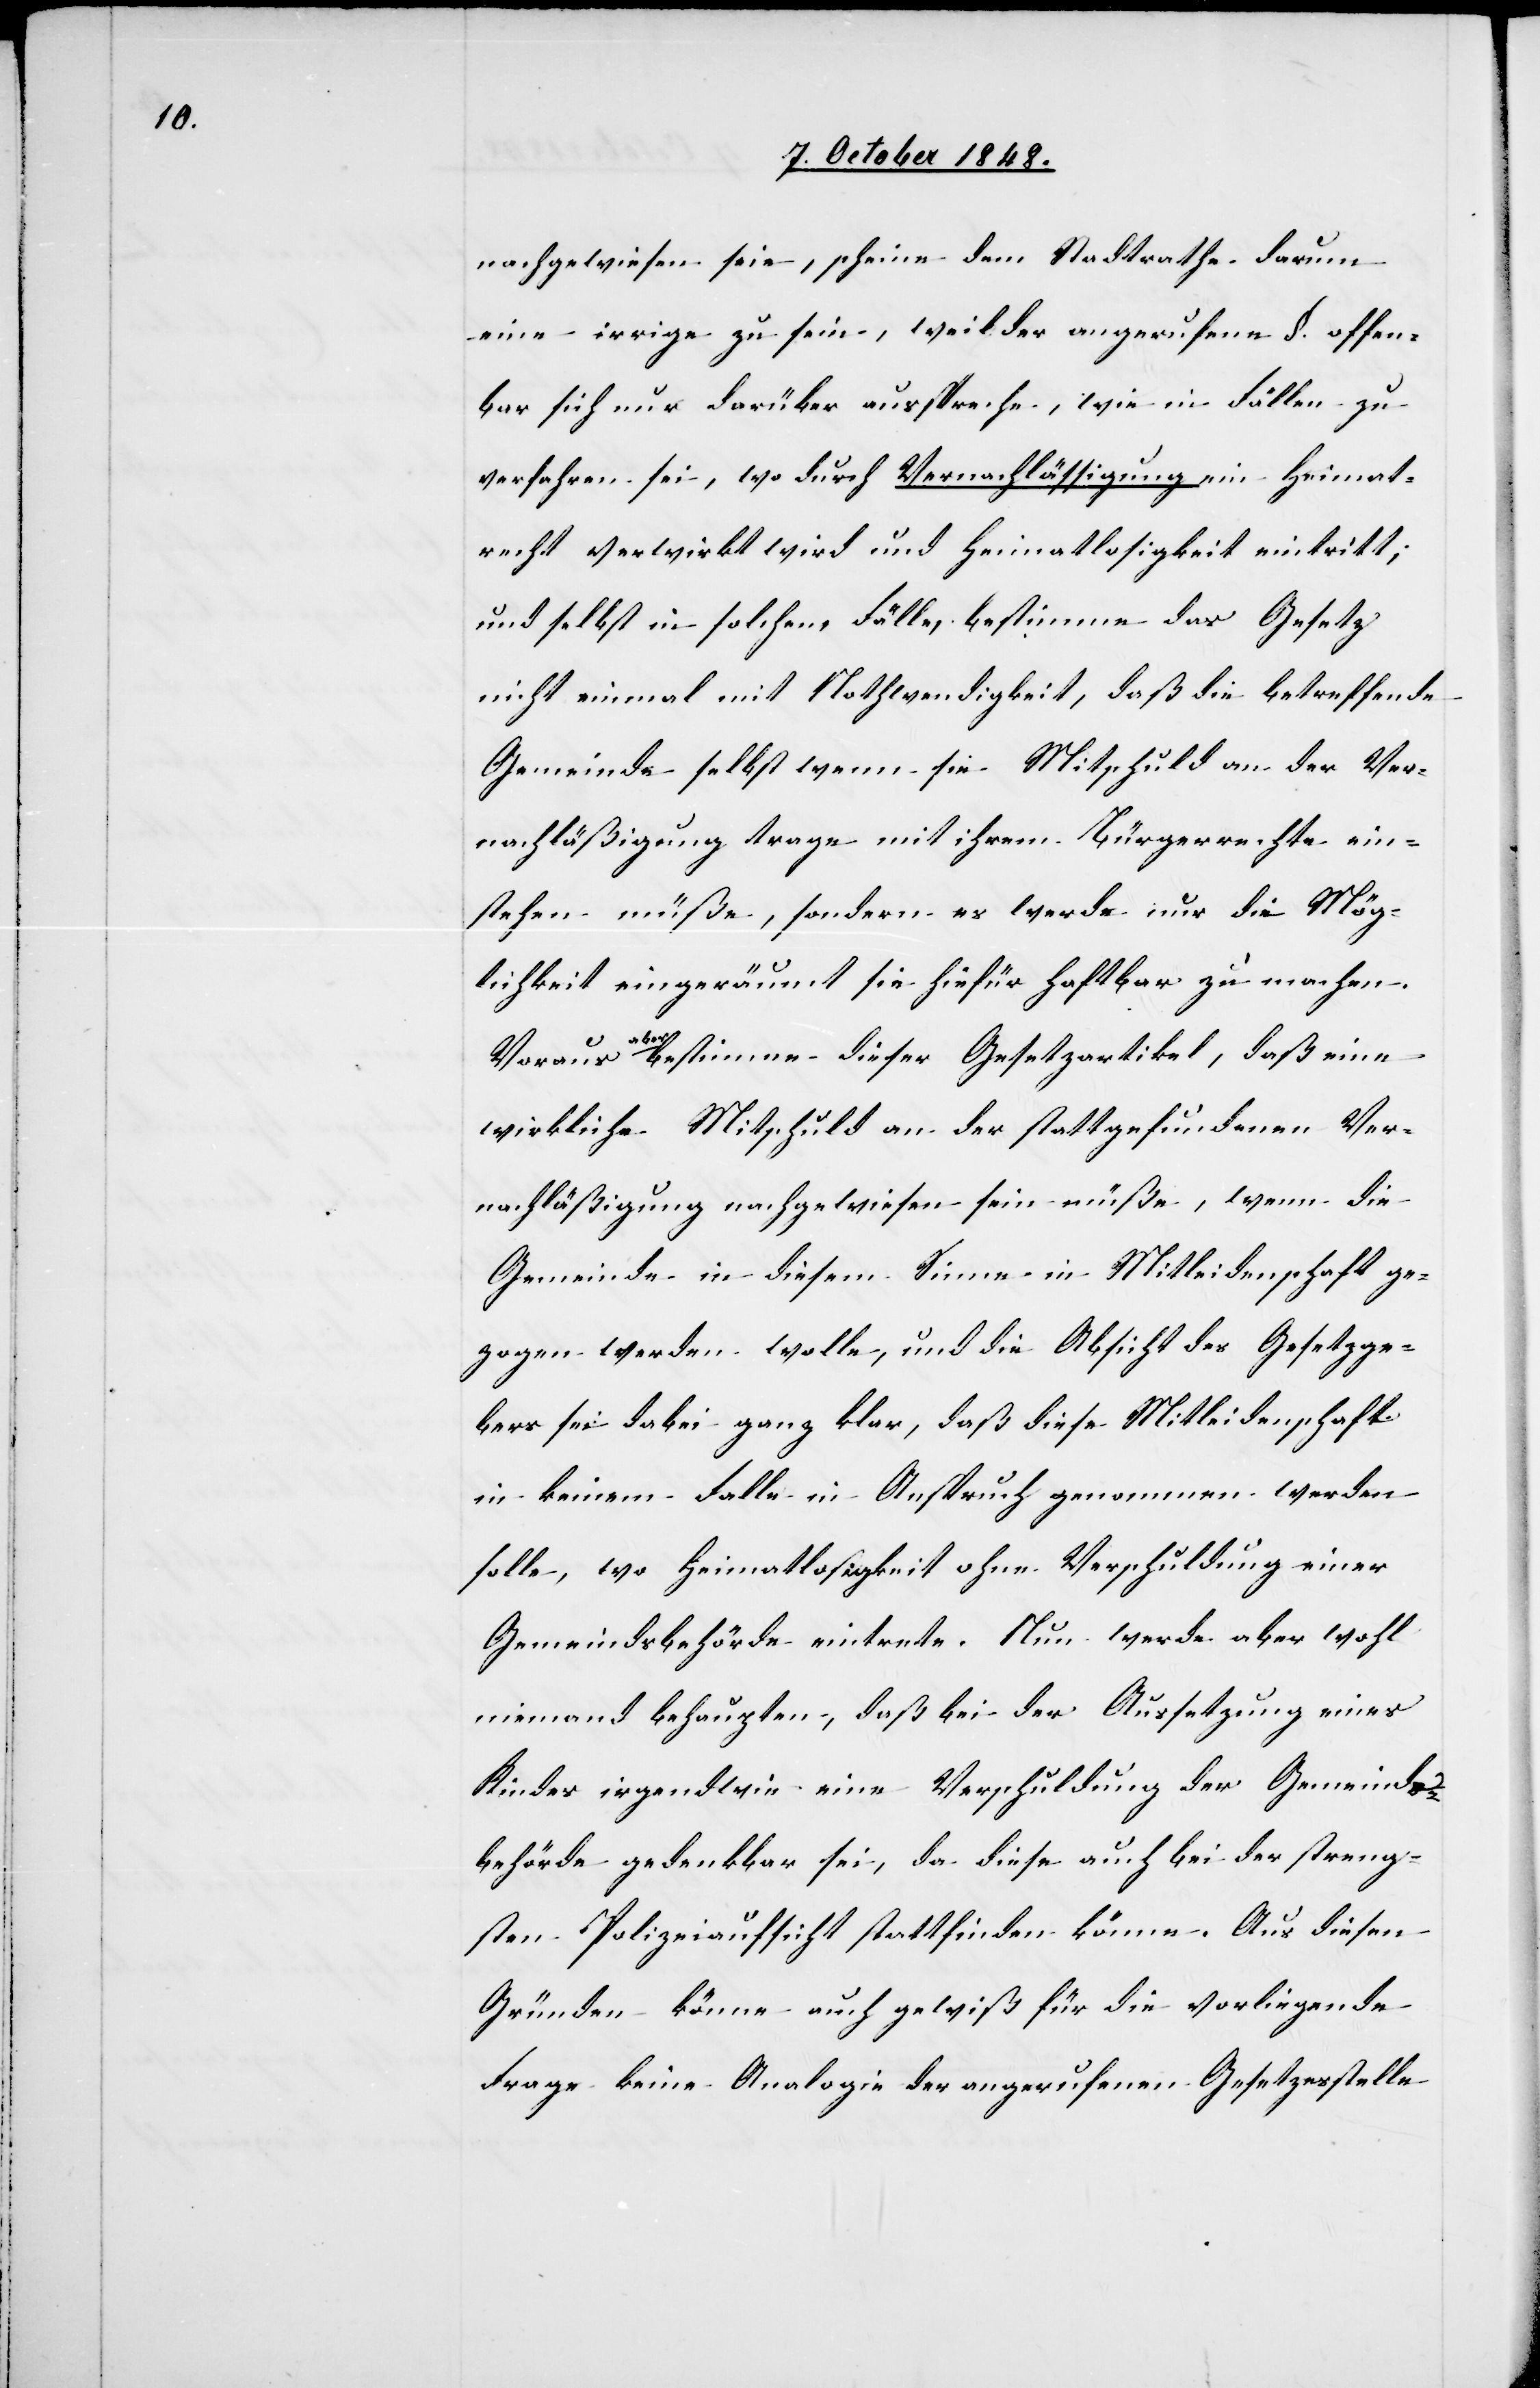
nachgewiesen seie, scheine dem Stadtrathe darum
eine irrige zu sein, weil der angerufene §. offen¬
bar sich nur darüber ausspreche, wie in Fällen zu
verfahren sei, wo durch Vernachlässigung ein Heimat¬
recht verwirkt wird und Heimatlosigkeit eintritt;
und selbst in solchem Fälle, bestimme das Gesetz
nicht einmal mit Nothwendigkeit, daß die betreffende
Gemeinde selbst wenn sie Mitschuld an der Ver¬
nachläßigung trage mit ihrem Bürgerrechte ein¬
stehen müße, sondern es werde nur die Mög¬
lichkeit eingeräumt sie hiefür haftbar zu machen.
aus
aber bestimme dieser Gesetzartikel, daß eine
wirkliche Mitschuld an der stattgefundenen Ver¬
nachläßigung nachgewiesen sein müße, wenn die
Gemeinde in diesem Sinne in Mitleidenschaft ge¬
zogen werden wolle, und die Absicht des Gesetzge¬
bers sei dabei ganz klar, daß diese Mitleidenschaft
in keinem Falle in Anspruch genommen werden
solle, wo Heimatlosigkeit ohne Verschuldung einer
Gemeindsbehörde eintrete. Nun werde aber wohl
niemand behaupten, daß bei der Aussetzung eines
Kindes irgendwie eine Verschuldung der Gemeinds¬
behörden gedenkbar sei, da diese auch bei der streng¬
sten Polizeiaufsicht stattfinden könne. Aus diesen
Gründen könne auch gewiß für die vorliegende
Frage keine Analogie der angerufenen Gesetzesstelle